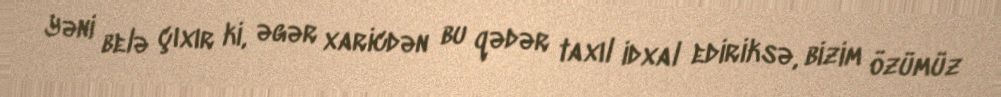
Yəni belə çıxır ki, əgər xaricdən bu qədər taxıl idxal ediriksə, bizim özümüz